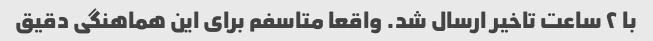
با ۲ ساعت تاخیر ارسال شد. واقعا متاسفم برای این هماهنگی دقیق